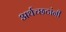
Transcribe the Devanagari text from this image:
अर्थच्‍छटांनी